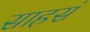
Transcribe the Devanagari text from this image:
साहसं